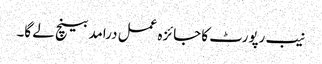
نیب رپورٹ کا جائزہ عمل درامد بینچ لے گا۔